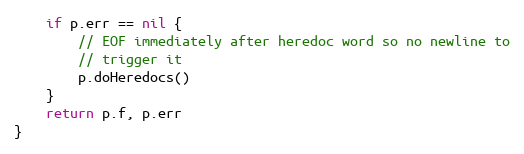
Language: Go
	if p.err == nil {
		// EOF immediately after heredoc word so no newline to
		// trigger it
		p.doHeredocs()
	}
	return p.f, p.err
}